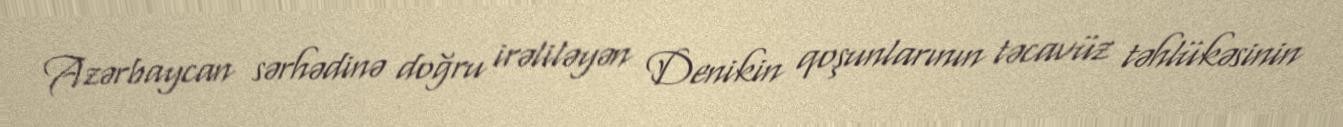
Azərbaycan sərhədinə doğru irəliləyən Denikin qoşunlarının təcavüz təhlükəsinin